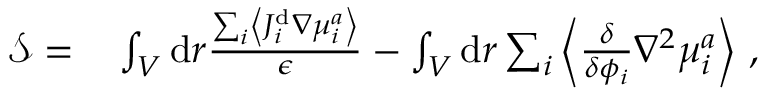
\begin{array} { r l } { \mathcal { S } = } & { { } \int _ { V } \mathrm { d } r \frac { \sum _ { i } \left\langle J _ { i } ^ { \mathrm { d } } \nabla { \mu } _ { i } ^ { a } \right\rangle } { \epsilon } - \int _ { V } \mathrm { d } r \sum _ { i } \left\langle \frac { \delta } { \delta { \phi _ { i } } } \nabla ^ { 2 } \mu _ { i } ^ { a } \right\rangle \, , } \end{array}